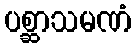
ပစ္ဆာသမဏံ